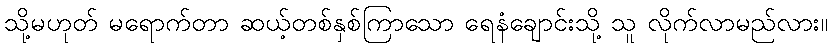
သို့မဟုတ် မရောက်တာ ဆယ့်တစ်နှစ်ကြာသော ရေနံချောင်းသို့ သူ လိုက်လာမည်လား။